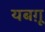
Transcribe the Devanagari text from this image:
यबग़ू